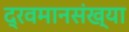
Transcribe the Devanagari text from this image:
द्रवमानसंख्या